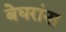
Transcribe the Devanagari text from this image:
बेघरांना